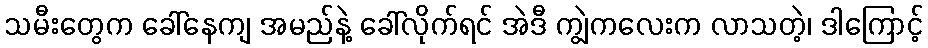
သမီးတွေက ခေါ်နေကျ အမည်နဲ့ ခေါ်လိုက်ရင် အဲဒီ ကျွဲကလေးက လာသတဲ့၊ ဒါကြောင့်